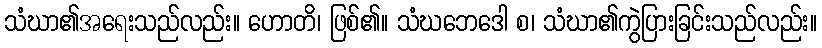
သံဃာ၏အရေးသည်လည်း။ ဟောတိ၊ ဖြစ်၏။ သံဃဘေဒေါ စ၊ သံဃာ၏ကွဲပြားခြင်းသည်လည်း။